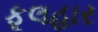
ફૂલહાર